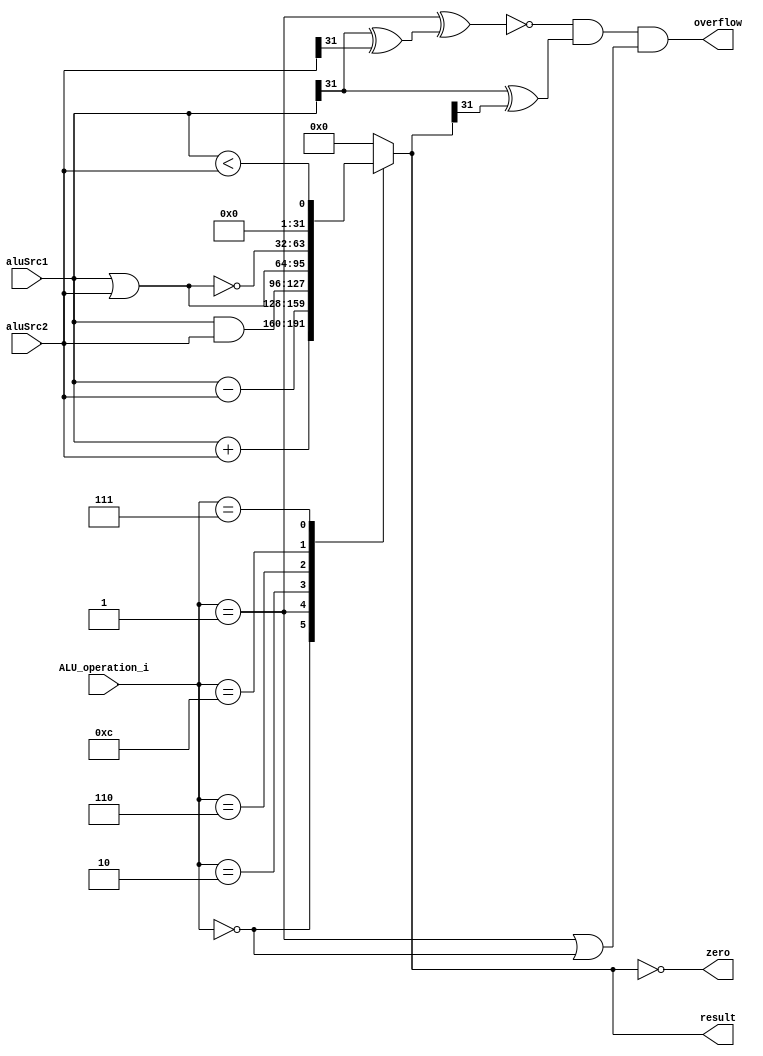
module ALU (
    aluSrc1,
    aluSrc2,
    ALU_operation_i,
    result,
    zero,
    overflow
);

  parameter ADD = 4'b0000;
  parameter SUB = 4'b0001;
  parameter AND = 4'b0010;
  parameter OR = 4'b0110;
  parameter NOR = 4'b1100;
  parameter LESS = 4'b0111;

  //I/O ports
  input signed [32-1:0] aluSrc1;
  input signed [32-1:0] aluSrc2;
  input [4-1:0] ALU_operation_i;

  output [32-1:0] result;
  output zero;
  output overflow;

  //Internal Signals
  reg [32-1:0] result;
  wire zero;
  wire overflow;

  //Main function
  /*your code here*/
  assign zero = (result == 32'b0);
  assign overflow = ~((ALU_operation_i == SUB) ^ (aluSrc1[31] ^ aluSrc2[31])) &
    (aluSrc1[31] ^ result[31]) & (ALU_operation_i == SUB | ALU_operation_i == ADD);

  always @(aluSrc1, aluSrc2, ALU_operation_i) begin
    case (ALU_operation_i)
      ADD: result <= aluSrc1 + aluSrc2;
      SUB: result <= aluSrc1 - aluSrc2;
      AND: result <= aluSrc1 & aluSrc2;
      OR: result <= aluSrc1 | aluSrc2;
      NOR: result <= ~(aluSrc1 | aluSrc2);
      LESS: result <= aluSrc1 < aluSrc2;
      default: result <= 32'b0;
    endcase
  end

endmodule